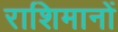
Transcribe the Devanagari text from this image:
राशिमानों